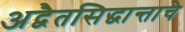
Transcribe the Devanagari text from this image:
अद्वैतसिद्धान्ताचे